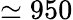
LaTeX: \simeq 950